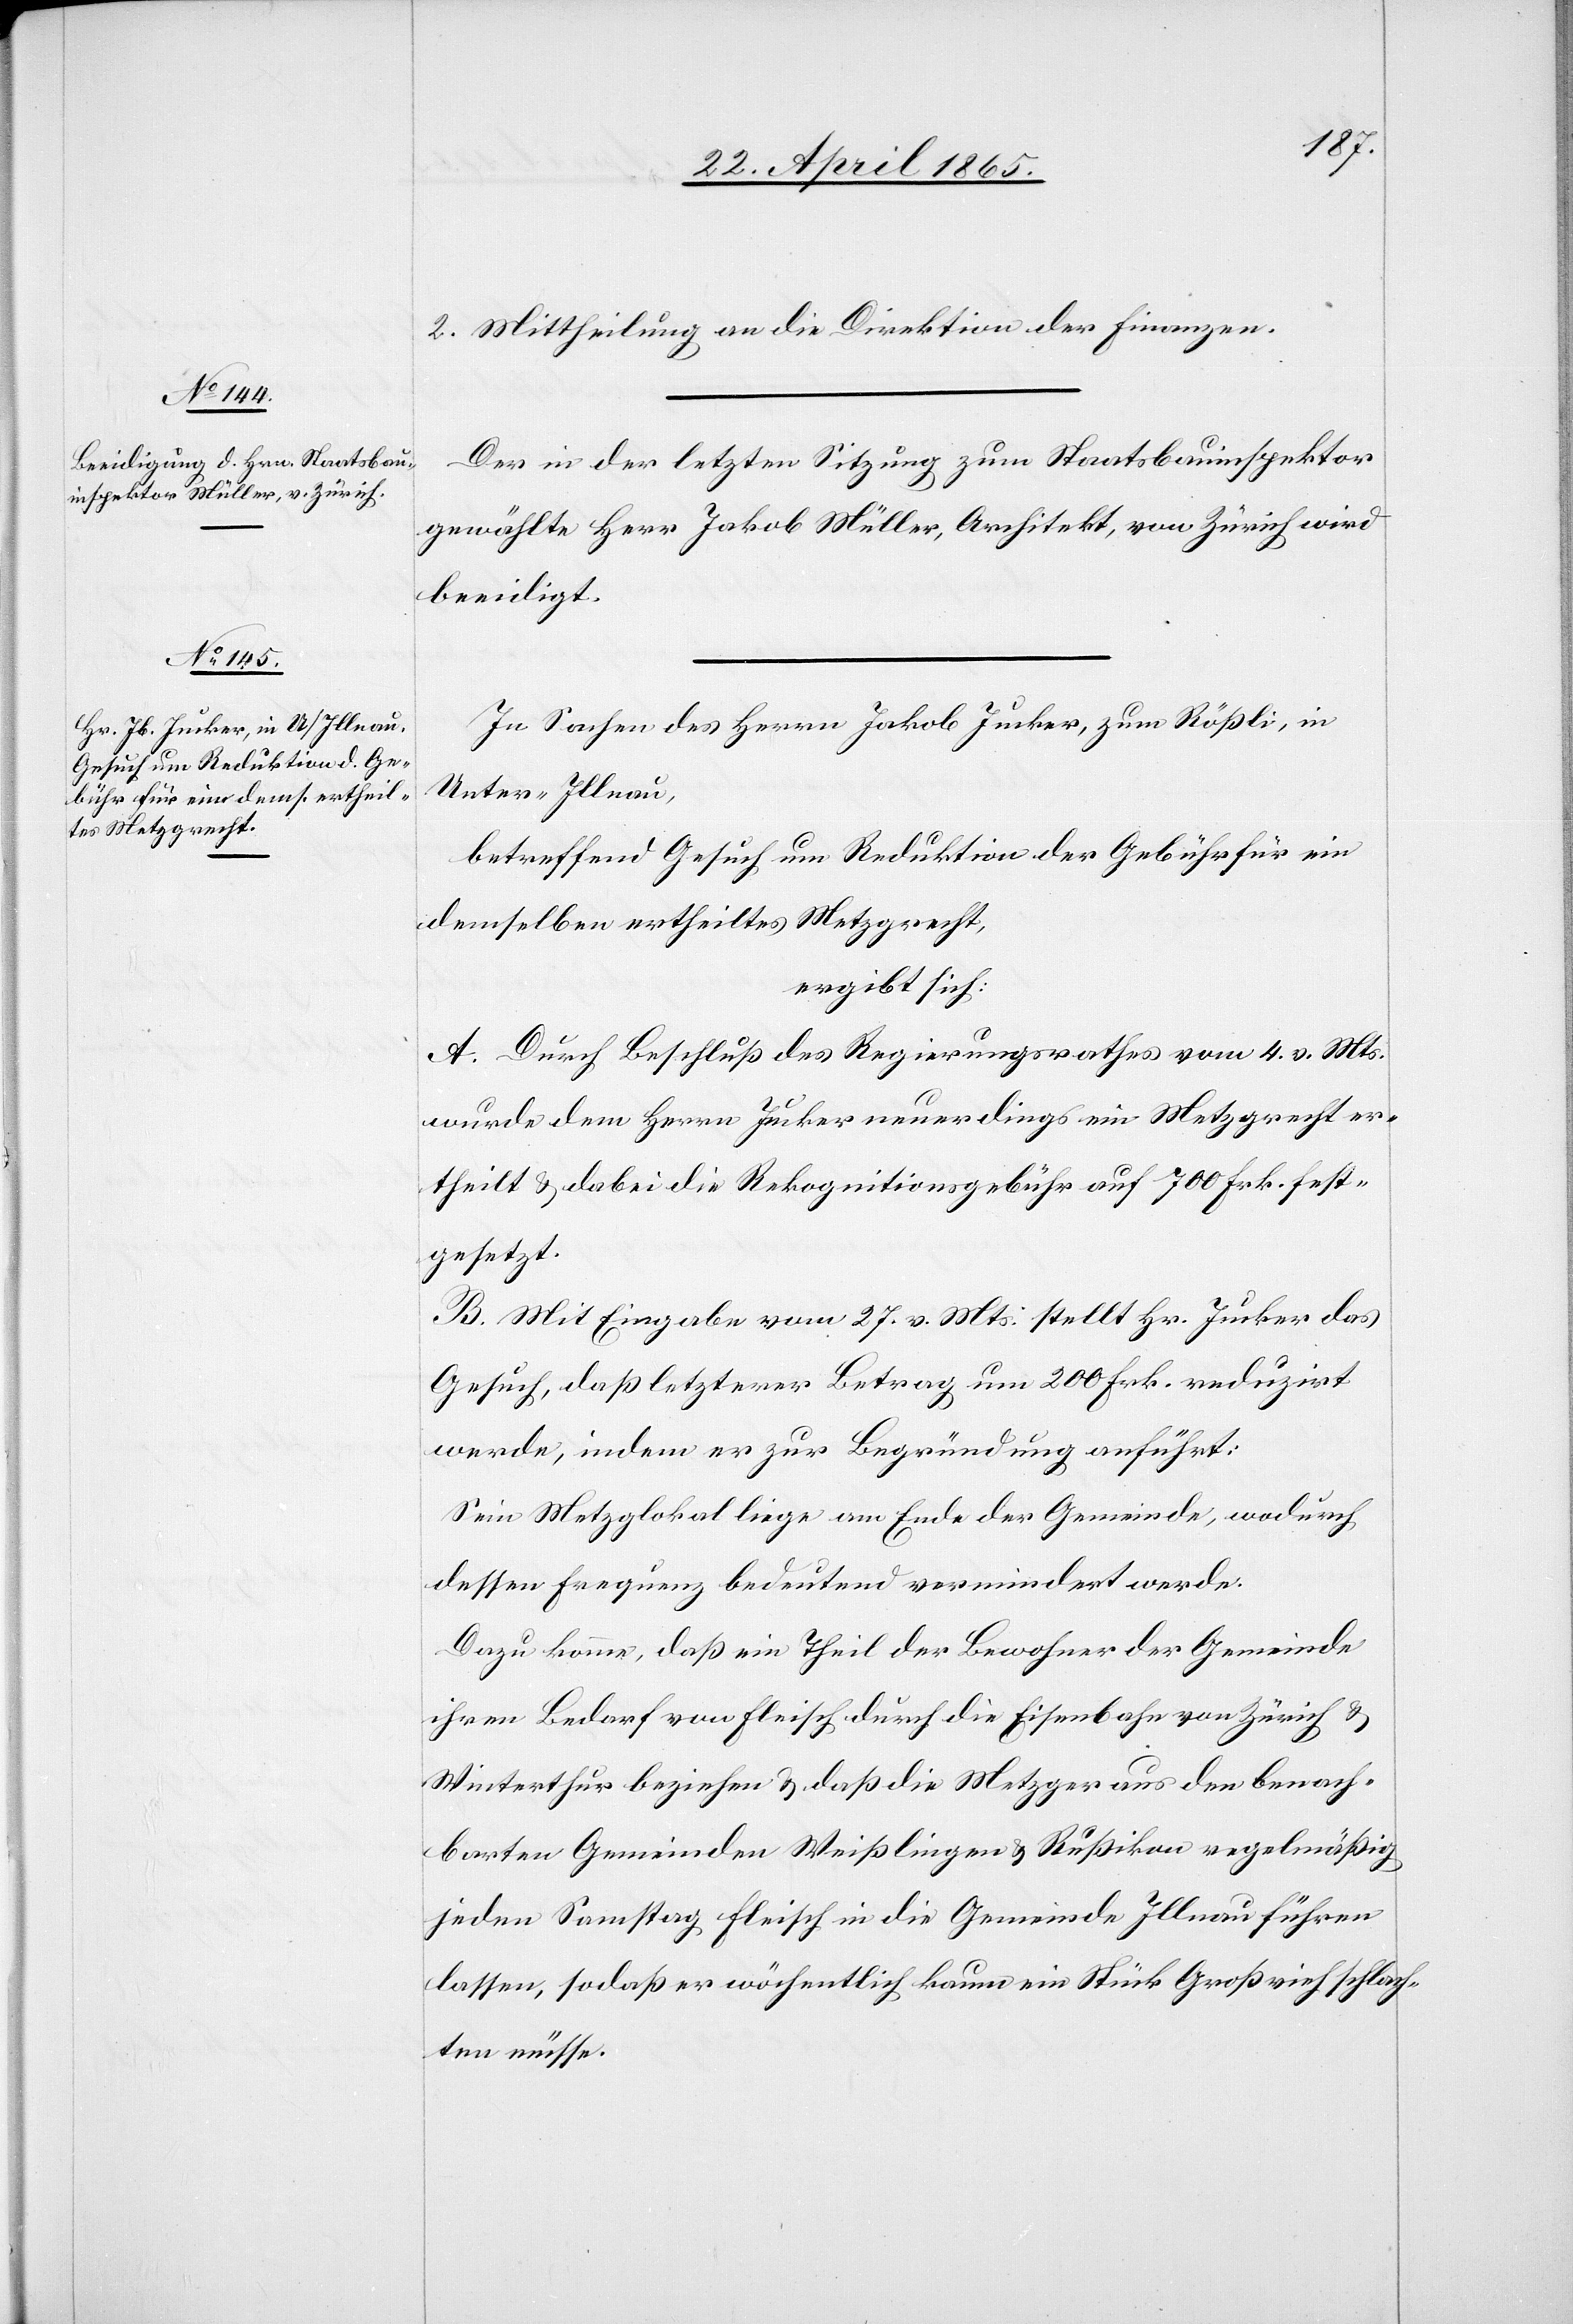
2. Mittheilung an die Direktion der Finanzen.
Der in der letzten Sitzung zum Staatsbauinspektor
gewählte Herr Jakob Müller, Architekt, von Zürich wird
beeidigt.
In Sachen des Herrn Jakob Jucker, zum Rößli, in
Unter-Illnau,
betreffend Gesuch um Reduktion der Gebühr für ein
demselben ertheiltes Metzgrecht,
ergibt sich:
A. Durch Beschluß des Regierungsrathes vom 4. v. Mts.
wurde dem Herrn Jucker neuerdings ein Metzgrecht er¬
theilt & dabei die Rekognitionsgebühr auf 700 Frk. fest¬
gesetzt.
B. Mit Eingabe vom 27. v. Mts. stellt Hr. Jucker das
Gesuch, daß letzterer Betrag um 200 Frk. reduzirt
werde, indem er zur Begründung anführt:
Sein Metzglokal liege am Ende der Gemeinde, wodurch
dessen Frequenz bedeutend vermindert werde.
Dazu komme, daß ein Theil der Bewohner der Gemeinde
ihren Bedarf von Fleisch durch die Eisenbahn von Zürich &
Winterthur beziehen & daß die Metzger aus den benach¬
barten Gemeinden Weißlingen & Rußikon regelmäßig
jeden Samstag Fleisch in die Gemeinde Illnau führen
lassen, sodaß er wöchentlich kaum ein Stück Großvieh schlach¬
ten müsse.